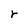
Character: r